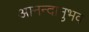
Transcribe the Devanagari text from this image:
आनन्दानुभव